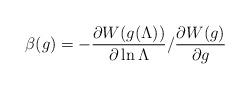
LaTeX: \begin{align*} \beta(g) = - \frac{\partial W(g(\Lambda)) }{\partial \ln \Lambda} / \frac{\partial W(g)}{\partial g}\end{align*}